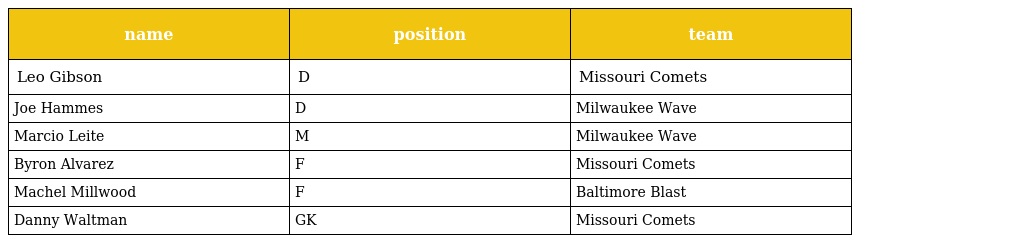
| name | position | team |
 | --- | --- | --- |
 | Leo Gibson | D | Missouri Comets |
 | Joe Hammes | D | Milwaukee Wave |
 | Marcio Leite | M | Milwaukee Wave |
 | Byron Alvarez | F | Missouri Comets |
 | Machel Millwood | F | Baltimore Blast |
 | Danny Waltman | GK | Missouri Comets |